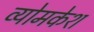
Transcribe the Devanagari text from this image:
व्‍योमकेश